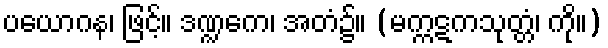
ပယောဂန၊ ဖြင့်။ ဒဏ္ဍကေ၊ အတံ၌။ (မက္ကဋကသုတ္တံ၊ ကို။)